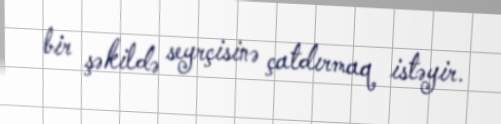
bir şəkildə seyrçisinə çatdırmaq istəyir.